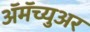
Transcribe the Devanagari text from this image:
ॲमॅच्युअर